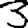
Digit: 3